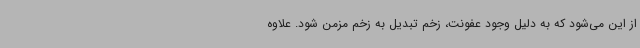
از این می‌شود که به دلیل وجود عفونت، زخم تبدیل به زخم مزمن شود. علاوه